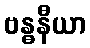
ဗန္ဓနီယာ